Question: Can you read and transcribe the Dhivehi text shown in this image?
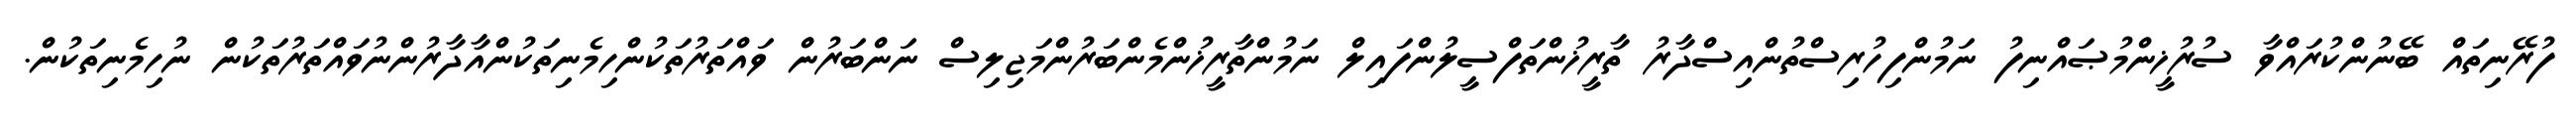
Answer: ފުރޭނިތައް ބޭނުންކުރައްވާ ސުރުޚީންމުޞައްނިފު ނަމުންފިހުރިސްތުންއިސްދާރު ތާރީޚުންތަފްސީލުންފައިލް ނަމުންތާރީޚުންމެންބަރުންމަޖިލިސް ނަންބަރުން ވައްތަރުތަކުންހިމެނިތަކުންއާދާރުންނުވައްތަރުތަކުން ނުހިމެނިތަކުން.